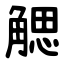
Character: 䚡